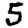
Digit: 5